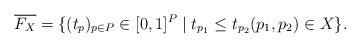
LaTeX: \begin{align*}\overline{F_X}=\{(t_p)_{p\in P} \in[0,1]^P\mid t_{p_1}\leq t_{p_2} (p_1, p_2)\in X\}. \end{align*}